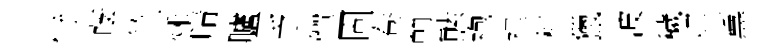
恃蔭竺秌晴臚乏憚固一卷卽㷱袍裡杉獵波穢贮薰